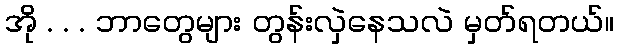
အို . . . ဘာတွေများ တွန်းလှဲနေသလဲ မှတ်ရတယ်။